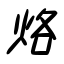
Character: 烙